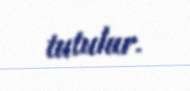
tutulur.